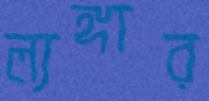
ল্যঙ্গার